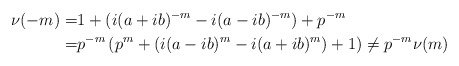
\begin{align*}\nu(-m) =& 1 + (i(a+ib)^{-m} -i(a-ib)^{-m}) + p^{-m}\\= &p^{-m}\left(p^m + (i(a-ib)^{m} -i(a+ib)^{m}) + 1 \right) \neq p^{-m}\nu(m)\end{align*}